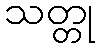
သတ္တု